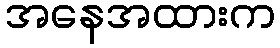
အနေအထားက